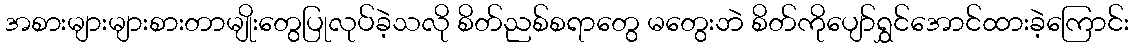
အစားများများစားတာမျိုးတွေပြုလုပ်ခဲ့သလို စိတ်ညစ်စရာတွေ မတွေးဘဲ စိတ်ကိုပျော်ရွှင်အောင်ထားခဲ့ကြောင်း